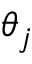
\theta _ { j }